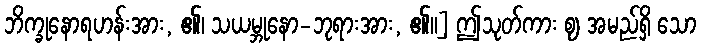
ဘိက္ခုနောရဟန်းအား, ၏၊ သယမ္ဘုနော-ဘုရားအား, ၏။] ဤသုတ်ကား ဈ အမည်ရှိ သော